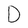
Character: D